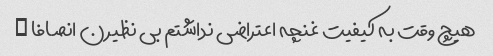
هیچ وقت به کیفیت غنچه اعتراضی نداشتم بی نظیرن انصافا …